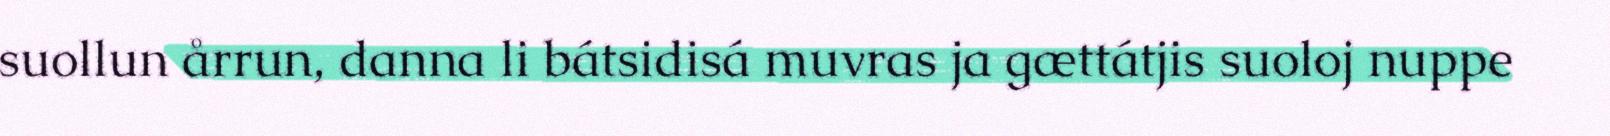
suollun årrun, danna li bátsidisá muvras ja gættátjis suoloj nuppe